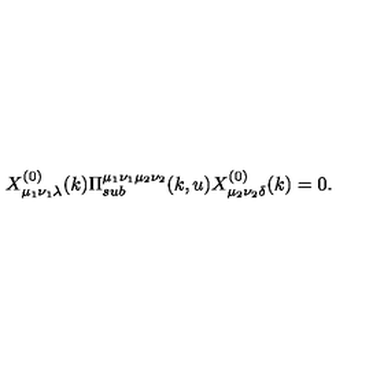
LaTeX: X _ { \mu _ { 1 } \nu _ { 1 } \lambda } ^ { ( 0 ) } ( k ) \Pi _ { s u b } ^ { \mu _ { 1 } \nu _ { 1 } \mu _ { 2 } \nu _ { 2 } } ( k , u ) X _ { \mu _ { 2 } \nu _ { 2 } \delta } ^ { ( 0 ) } ( k ) = 0 .